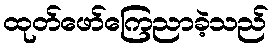
ထုတ်ဖော်ကြေညာခဲ့သည်